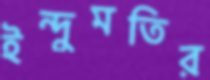
ইন্দুমতির